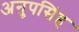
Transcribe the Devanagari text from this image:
अनुपसिंह